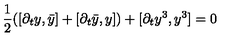
{ \frac { 1 } { 2 } } ( [ \partial _ { t } y , \bar { y } ] + [ \partial _ { t } \bar { y } , y ] ) + [ \partial _ { t } y ^ { 3 } , y ^ { 3 } ] = 0